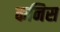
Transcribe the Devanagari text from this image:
कनिस